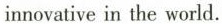
innovative in the world.